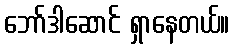
ဘော်ဒါဆောင် ရှာနေတယ်။